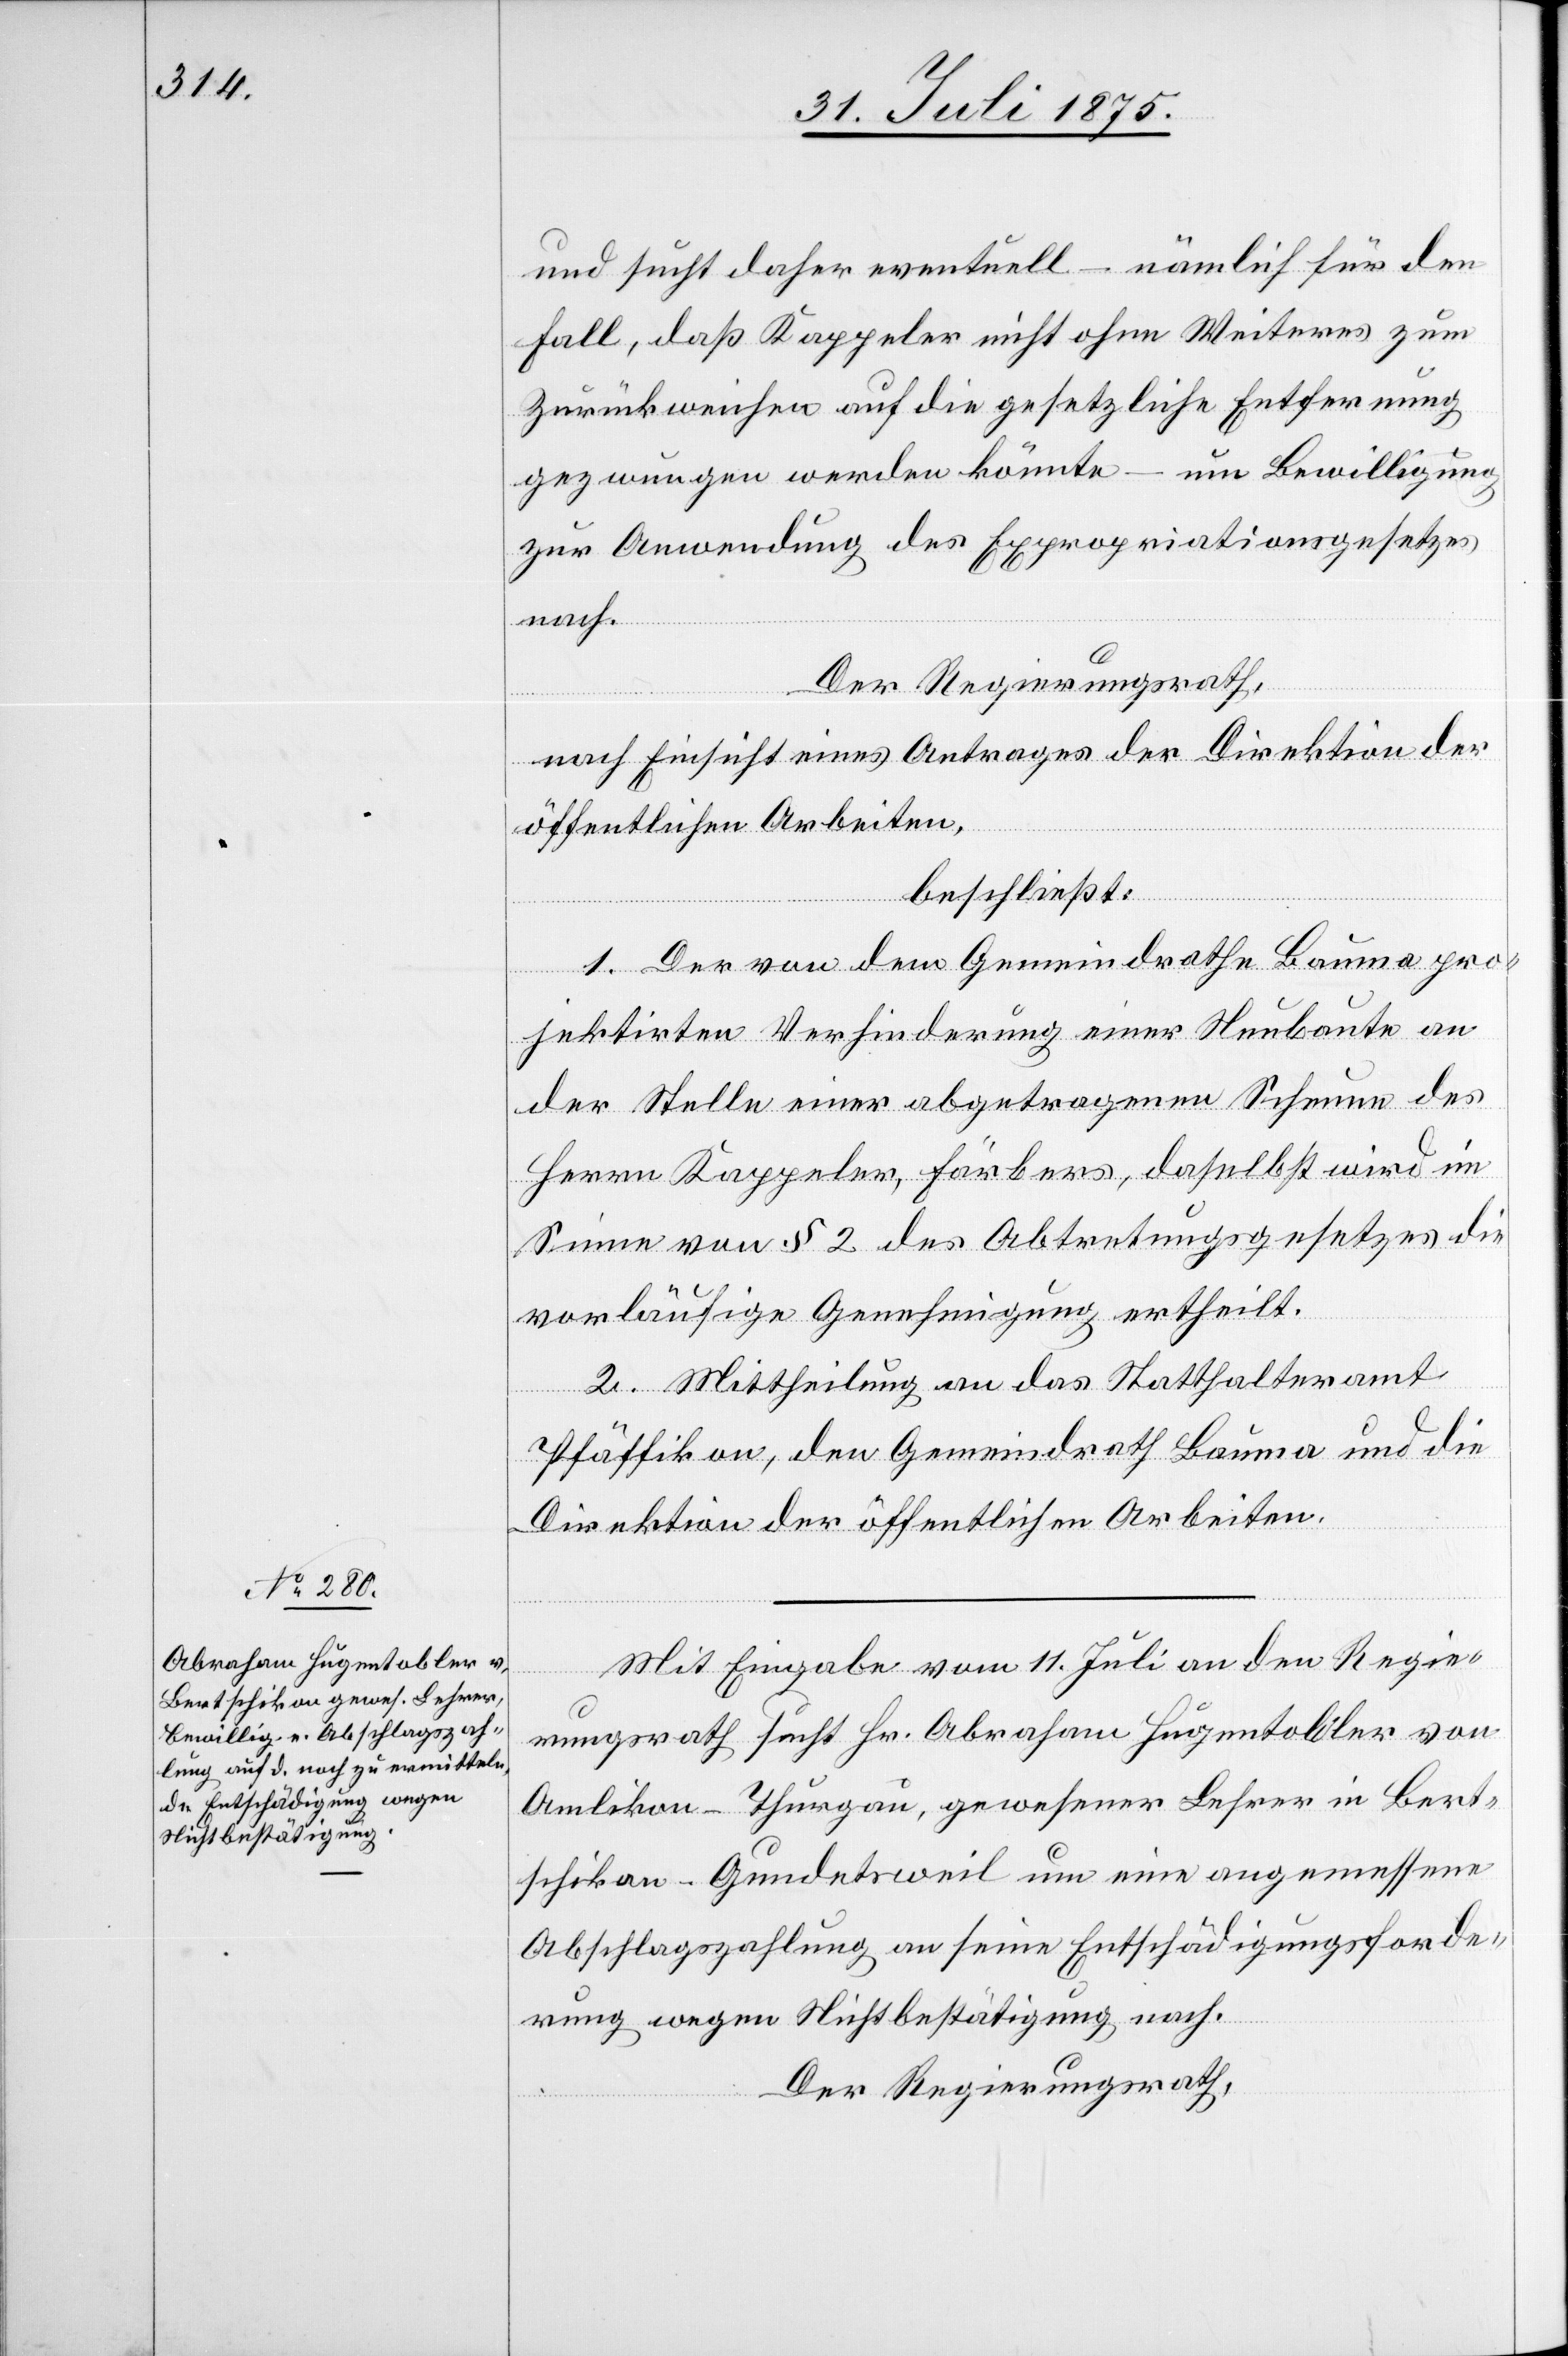
und sucht daher eventuell – nämlich für den
Fall, daß Kappeler nicht ohne Weiteres zum
Zurückweichen auf die gesetzliche Entfernung
gezwungen werden könnte – um Bewilligung
zur Anwendung des Expropriationsgesetzes
nach.
Der Regierungsrath,
nach Einsicht eines Antrages der Direktion der
öffentlichen Arbeiten,
beschließt:
1. Der von dem Gemeindrathe Bauma pro¬
jektirten Verbindung einer Neubaute an
der Stelle einer abgetragenen Scheune des
Herrn Kappeler, Färbers, daselbst wird im
Sinne von § 2 des Abtretungsgesetzes die
vorläufige Genehmigung ertheilt.
2. Mittheilung an das Statthalteramt
Pfäffikon, den Gemeindrath Bauma und die
Direktion der öffentlichen Arbeiten.
Mit Eingabe vom 11. Juli an den Regie¬
rungsrath sucht Hr. Abraham Hugentobler von
Amlikon - Thurgau , gewesener Lehrer in Bert¬
schikon - Gundetsweil um eine angemessene
Abschlagzahlung an seine Entschädigungsforde¬
rung wegen Nichtbestätigung nach.
Der Regierungsrath,